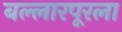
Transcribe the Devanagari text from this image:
बल्लारपूरला